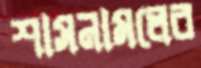
শাসনামলের